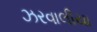
ઝરવાલીયા